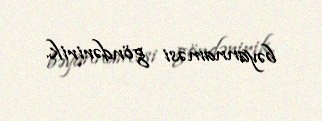
bəyannaməsi göndəririk.